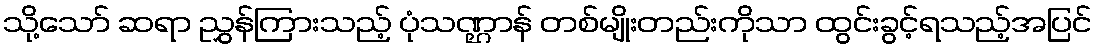
သို့သော် ဆရာ ညွှန်ကြားသည့် ပုံသဏ္ဌာန် တစ်မျိုးတည်းကိုသာ ထွင်းခွင့်ရသည့်အပြင်